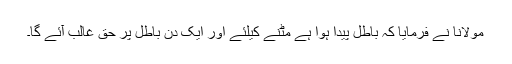
مولانا نے فرمایا کہ باطل پیدا ہوا ہے مٹنے کیلئے اور ایک دن باطل پر حق غالب آئے گا۔